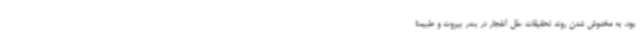
بود، به مخدوش شدن روند تحقیقات علل انفجار در بندر بیروت و طبیعتاً